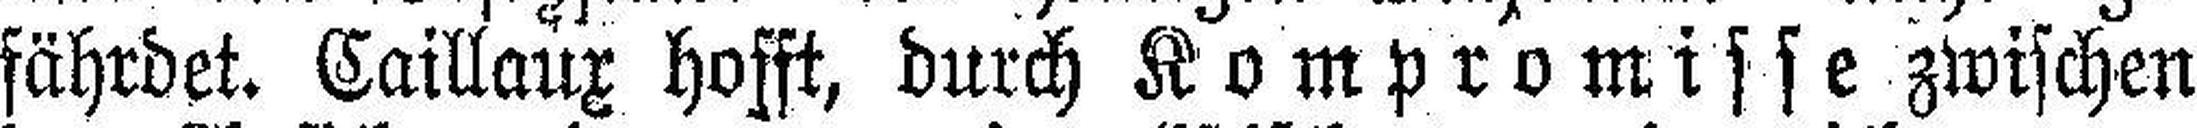
fährdet. Caillaux hofft, durch Kompromisse zwischen